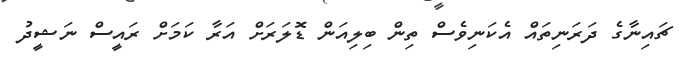
ޗައިނާގެ ދަރަނިތައް އެކަނިވެސް ތިން ބިލިއަން ޑޮލަރަށް އަރާ ކަމަށް ރައީސް ނަޝީދު